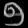
Digit: ၅